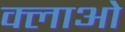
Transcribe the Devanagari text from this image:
क्लाओ